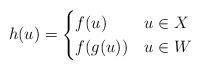
LaTeX: \begin{align*}h(u) = \begin{cases}f(u) & u\in X \\f(g(u)) &u\in W \end{cases}\end{align*}